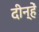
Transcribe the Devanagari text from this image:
दीन्‍हें